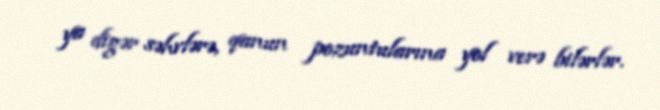
ya digər səhvlərə, qanun pozuntularına yol verə bilərlər.